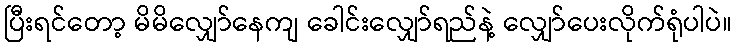
ပြီးရင်တော့ မိမိလျှော်နေကျ ခေါင်းလျှော်ရည်နဲ့ လျှော်ပေးလိုက်ရုံပါပဲ။